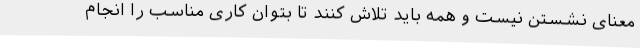
معنای نشستن نیست و همه باید تلاش کنند تا بتوان کاری مناسب را انجام